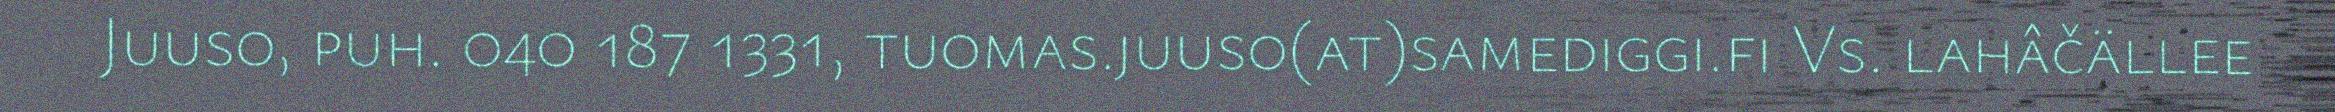
Juuso, puh. 040 187 1331, tuomas.juuso(at)samediggi.fi Vs. lahâčällee